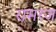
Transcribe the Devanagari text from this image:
रामरज